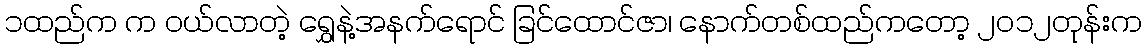
၁ထည်က က ၀ယ်လာတဲ့ ရွှေနဲ့အနက်ရောင် ခြင်ထောင်ဇာ၊ နောက်တစ်ထည်ကတော့ ၂၀၁၂တုန်းက